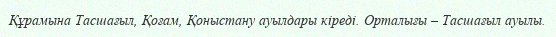
Құрамына Тасшағыл, Қоғам, Қоныстану ауылдары кіреді. Орталығы – Тасшағыл ауылы.